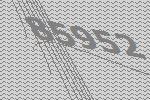
85952